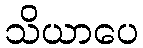
သိယာပေ